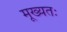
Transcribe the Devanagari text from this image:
मूख्यतः